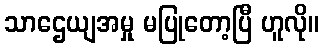
သာဌေယျအမှု မပြုတော့ပြီ ဟူလို။